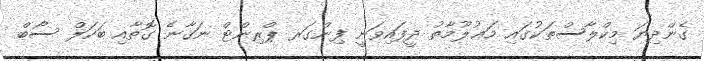
ގެންދިޔަ މިކްލާސްތަކުގައި މަޢުލޫމާތު ދީފައިވަނީ ފިންގަރ ޕްރިންޓް ނަގާނެ ގޮތާއި ބަކަލް ސޯބް